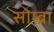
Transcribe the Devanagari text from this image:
सोम्ब्रा